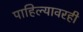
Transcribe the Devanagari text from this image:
पाहिल्यावरही